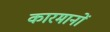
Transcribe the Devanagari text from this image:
कारमानों